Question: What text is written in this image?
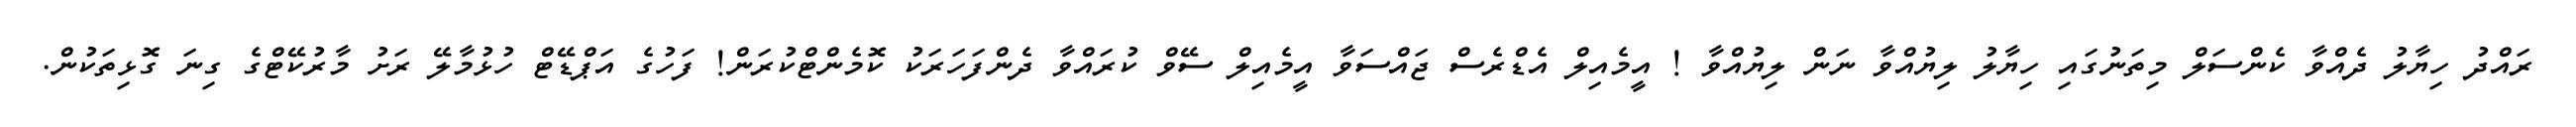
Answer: ރައްދު ހިޔާލު ދެއްވާ ކެންސަލް މިތަނުގައި ހިޔާލު ލިޔުއްވާ ނަން ލިޔުއްވާ ! އީމެއިލް އެޑްރެސް ޖައްސަވާ އީމެއިލް ސޭވް ކުރައްވާ ދެންފަހަރަކު ކޮމެންޓްކުރަން! ފަހުގެ އަޕްޑޭޓް ހުޅުމާލޭ ރަށު މާރުކޭޓްގެ ގިނަ ގޮޅިތަކުން.